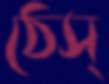
ঠেস্‌